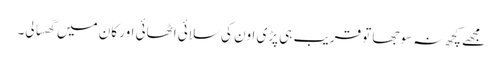
مجھے کچھ نہ سوجھا تو قریب ہی پڑی اون کی سلائی اٹھائی اور کان میں گھسا لی۔